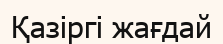
Қазіргі жағдай